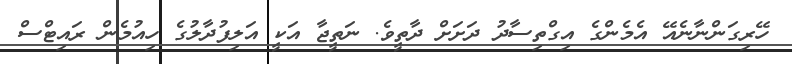
ހޭރިގަންނާނެއޭ އެމެންގެ އިގްތިސާދު ދަށަށް ދާތީވެ. ނަތީޖާ އަކީ އަލިފުދާލުގެ ހިއުމެން ރައިޓްސް